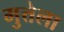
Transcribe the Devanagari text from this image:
मुत्तेला